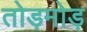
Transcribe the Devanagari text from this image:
तोड़मोड़